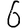
Digit: 6